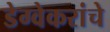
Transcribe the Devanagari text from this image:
डेग्वेकरांचे